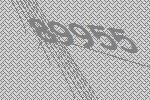
89955